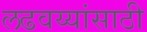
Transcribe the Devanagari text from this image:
लढवय्यांसाठी